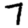
Digit: 7